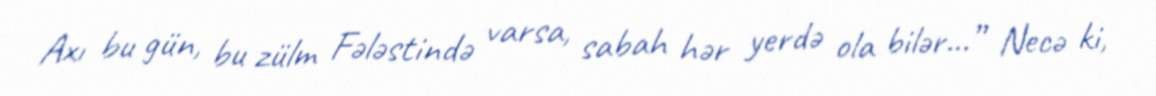
Axı bu gün, bu zülm Fələstində varsa, sabah hər yerdə ola bilər...” Necə ki,